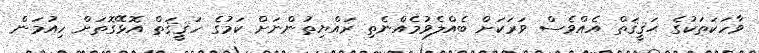
ވާހަކަތަކުގެ ޙަޤީޤަތް އެއްވެސް ވަރަކަށް ބެއްލެވުމެއްނެތި ރައްޔިތުންނަށް ކަމުގެ ހަޤީޤަތް އޮޅޭގޮތަށް ހިއުމަން